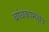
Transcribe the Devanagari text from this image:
बांधकामक्षेत्र